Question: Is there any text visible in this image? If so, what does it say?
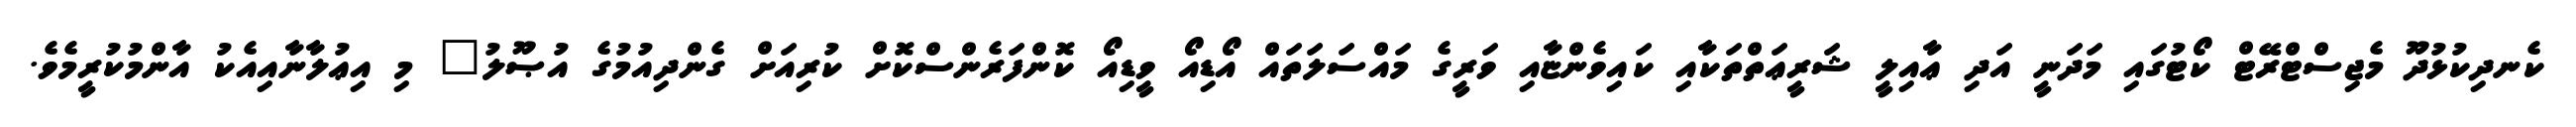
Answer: ކެނދިކުޅުދޫ މެޖިސްޓްރޭޓް ކޯޓުގައި މަދަނީ އަދި ޢާއިލީ ޝަރީޢަތްތަކާއި ކައިވެންޏާއި ވަރީގެ މައްސަލަތައް އޯޑިއޯ ވީޑިއޯ ކޮންފަރެންސްކޮށް ކުރިއަށް ގެންދިއުމުގެ އުޞޫލު" މި އިޢުލާނާއިއެކު އާންމުކުރީމެވެ.